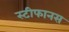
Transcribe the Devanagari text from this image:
स्टीफानस